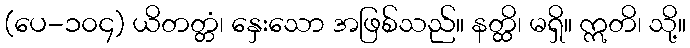
(ပေ-၁၀၄) ယိတတ္တံ၊ နှေးသော အဖြစ်သည်။ နတ္ထိ၊ မရှိ။ ဣတိ၊ သို့။